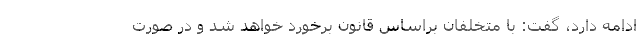
ادامه دارد، گفت: با متخلفان براساس قانون برخورد خواهد شد و در صورت